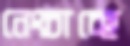
নেংচাচ্ছে